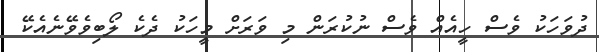
ދުވަހަކު ވެސް ހީއެއް ވެސް ނުކުރަން މި ވަރަށް މީހަކު ދެކެ ލޯބިވެވޭނެއެކޭ